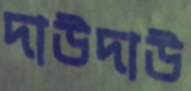
দাউদাউ